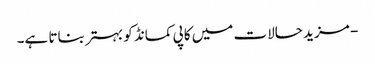
- مزید حالات میں کاپی کمانڈ کو بہتر بناتا ہے۔